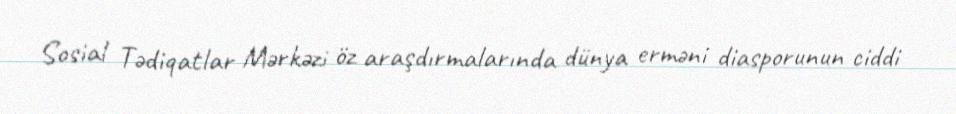
Sosial Tədiqatlar Mərkəzi öz araşdırmalarında dünya erməni diasporunun ciddi